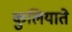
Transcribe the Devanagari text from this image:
कुलियाते